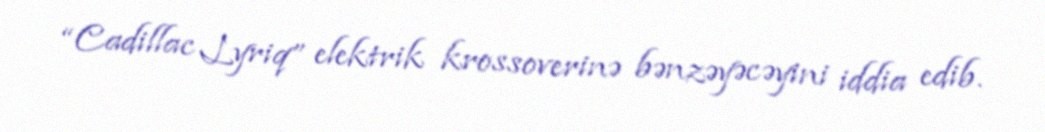
“Cadillac Lyriq” elektrik krossoverinə bənzəyəcəyini iddia edib.